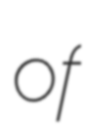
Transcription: of